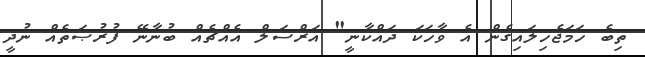
ތިބެ ހަމަޖެހިލައިގެން އެ ވާހަކަ ދައްކާނީ" އަރްސަލް އެއްޗެއް ބުނާނޭ ފުރުޞަތެއް ނުދީ